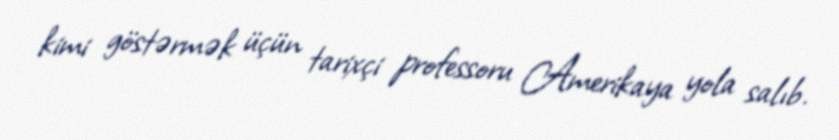
kimi göstərmək üçün tarixçi professoru Amerikaya yola salıb.